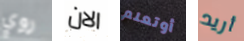
روي الان أوتعلم أريد